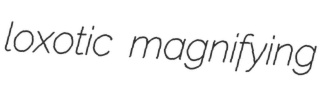
loxotic magnifying